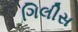
ગિલીસ